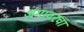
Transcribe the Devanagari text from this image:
अंगावरचा